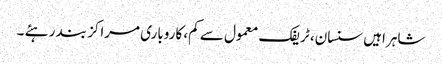
شاہراہیں سنسان، ٹریفک معمول سے کم، کاروباری مراکز بند رہئے ۔